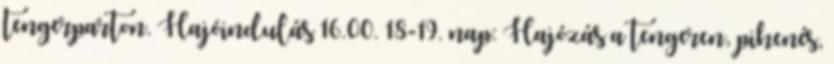
tengerparton. Hajóindulás 16.00. 18-19. nap: Hajózás a tengeren, pihenés,